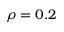
\rho = 0 . 2